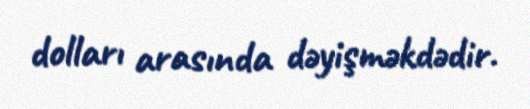
dolları arasında dəyişməkdədir.